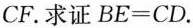
CF。求证$$BE=CD$$ 。